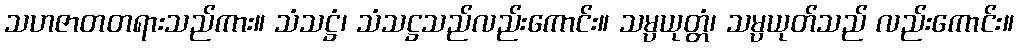
သဟဇာတတရားသည်ကား။ သံသဋ္ဌံ၊ သံသဋ္ဌသည်လည်းကောင်း။ သမ္ပယုတ္တံ၊ သမ္ပယုတ်သည် လည်းကောင်း။